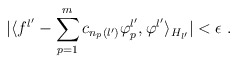
\begin{align*}\vert\langle f^{l'}-\sum_{p=1}^m c_{n_p(l')}\varphi_p^{l'},\varphi^{l'}\rangle_{H_{l'}}\vert < \epsilon\; .\end{align*}